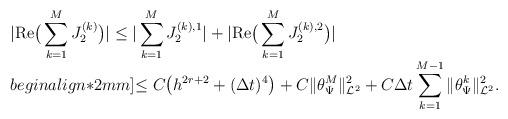
LaTeX: \begin{align*}\begin{array}{@{}l@{}}{\displaystyle |\mathrm{Re}\big(\sum_{k=1}^{M} J_2^{(k)}\big)|\leq |\sum_{k=1}^{M}J_2^{(k),1}| +|\mathrm{Re}\big(\sum_{k=1}^{M} J_2^{(k),2}\big)|}\\begin{align*}2mm]{\displaystyle \leq C\big(h^{2r+2}+(\Delta t)^{4}\big)+C \|\theta_{\Psi}^{M}\|_{\mathcal{L}^2}^{2}+ C\Delta t \sum_{k=1}^{M-1}{\|\theta_{\Psi}^{k}\|_{\mathcal{L}^2}^{2}}.}\end{array}\end{align*}